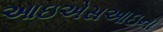
આઇએસઆઇના